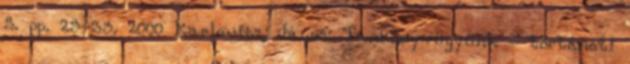
5. pp. 25-33. 2000 Karlovitz, János: Tankönyvügyünk - történeti